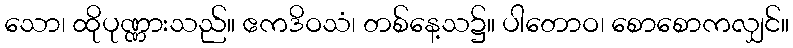
သော၊ ထိုပုဏ္ဏားသည်။ ဧကဒိဝသံ၊ တစ်နေ့သ၌။ ပါတောဝ၊ စောစောကလျှင်။